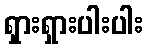
ရှားရှားပါးပါး